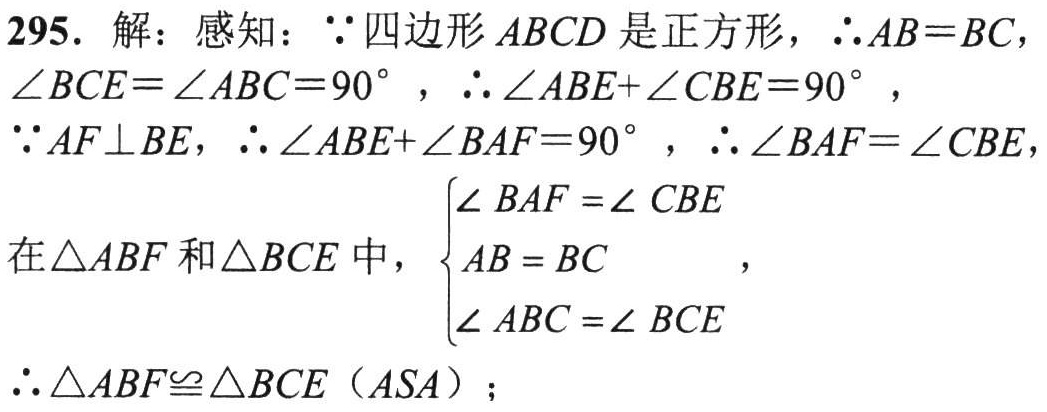
295. 解：感知：\(\because\)四边形\(ABCD\)是正方形，\(\therefore AB = BC\)，\(\angle BCE=\angle ABC = 90^{\circ}\)，\(\therefore\angle ABE+\angle CBE = 90^{\circ}\)，
\(\because AF\perp BE\)，\(\therefore\angle ABE+\angle BAF = 90^{\circ}\)，\(\therefore\angle BAF=\angle CBE\)，
在\(\triangle ABF\)和\(\triangle BCE\)中，\(\begin{cases}
\angle BAF=\angle CBE\\
AB = BC\\
\angle ABC=\angle BCE
\end{cases}\)，
\(\therefore\triangle ABF\cong\triangle BCE\)（\(ASA\)）；